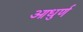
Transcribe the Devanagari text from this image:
आधुर्ण